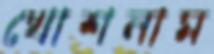
খোশনাম